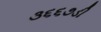
૩૬૬૭ડી